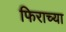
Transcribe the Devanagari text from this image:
फिराच्या